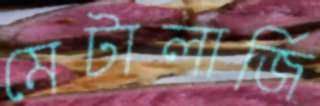
মেটালার্জি